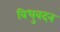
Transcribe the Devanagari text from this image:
विधुवदन